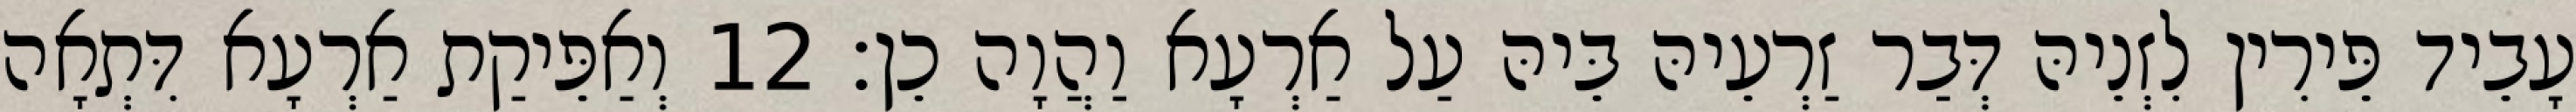
עָבֵיד פֵּירִין לִזְנֵיהּ דְּבַר זַרְעֵיהּ בֵּיהּ עַל אַרְעָא וַהֲוָה כֵן׃ 12 וְאַפֵּיקַת אַרְעָא דִּתְאָה